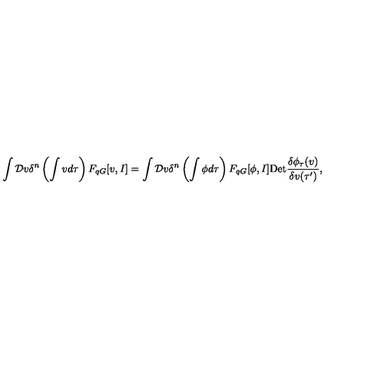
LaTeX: \int { \cal D } v \delta ^ { n } \left( \int v d \tau \right) F _ { q G } [ v , I ] = \int { \cal D } v \delta ^ { n } \left( \int \phi d \tau \right) F _ { q G } [ \phi , I ] \mathrm { D e t } \frac { \delta \phi _ { \tau } ( v ) } { \delta v ( \tau ^ { \prime } ) } ,